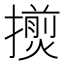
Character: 𢶨